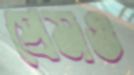
প্রেমও